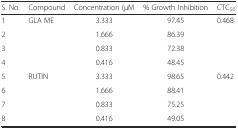
<table><thead><tr><td><b>S. No.</b></td><td><b>Compound</b></td><td><b>Concentration (μM</b></td><td><b>% Growth Inhibition</b></td><td><b>CTC<sub>50</sub></b></td></tr></thead><tbody><tr><td>1</td><td rowspan="4">GLA ME</td><td>3.333</td><td>97.45</td><td rowspan="4">0.468</td></tr><tr><td>2</td><td>1.666</td><td>86.39</td></tr><tr><td>3</td><td>0.833</td><td>72.38</td></tr><tr><td>4</td><td>0.416</td><td>48.45</td></tr><tr><td>5</td><td rowspan="4">RUTIN</td><td>3.333</td><td>98.65</td><td rowspan="4">0.442</td></tr><tr><td>6</td><td>1.666</td><td>88.41</td></tr><tr><td>7</td><td>0.833</td><td>75.25</td></tr><tr><td>8</td><td>0.416</td><td>49.05</td></tr></tbody></table>